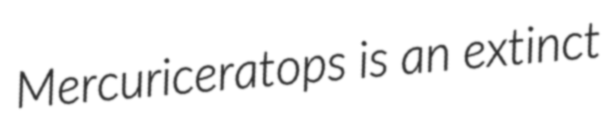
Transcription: Mercuriceratops is an extinct